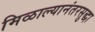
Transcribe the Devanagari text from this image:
मिळाल्यानंतरसुद्धा